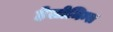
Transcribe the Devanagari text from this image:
हेलोमिन्स